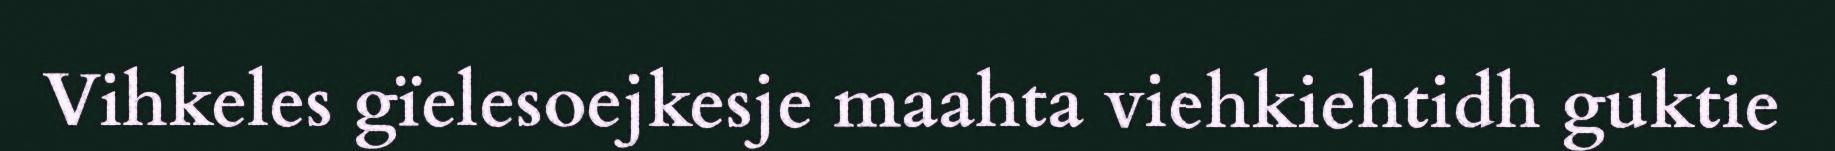
Vihkeles gïelesoejkesje maahta viehkiehtidh guktie